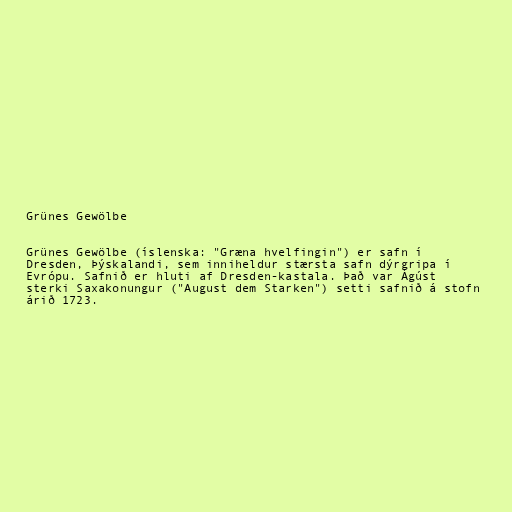
Grünes Gewölbe

Grünes Gewölbe (íslenska: "Græna hvelfingin") er safn í
Dresden, Þýskalandi, sem inniheldur stærsta safn dýrgripa í
Evrópu. Safnið er hluti af Dresden-kastala. Það var Ágúst
sterki Saxakonungur ("August dem Starken") setti safnið á stofn
árið 1723.